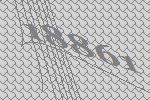
18861